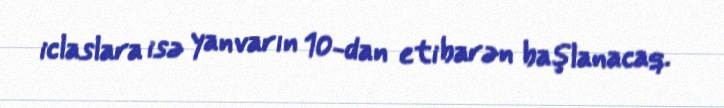
iclaslara isə yanvarın 10-dan etibarən başlanacaq.